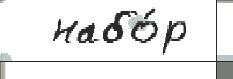
  набо́р